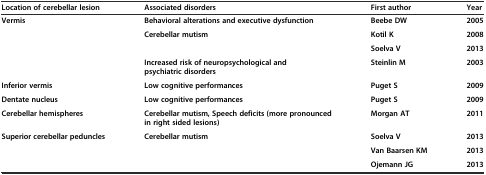
<table><thead><tr><td><b>Location of cerebellar lesion</b></td><td><b>Associated disorders</b></td><td><b>First author</b></td><td><b>Year</b></td></tr></thead><tbody><tr><td><b>Vermis</b></td><td><b>Behavioral alterations and executive dysfunction</b></td><td><b>Beebe DW</b></td><td><b>2005</b></td></tr><tr><td rowspan="2"></td><td rowspan="2"><b>Cerebellar mutism</b></td><td><b>Kotil K</b></td><td><b>2008</b></td></tr><tr><td><b>Soelva V</b></td><td><b>2013</b></td></tr><tr><td></td><td><b>Increased risk of neuropsychological and psychiatric disorders</b></td><td><b>Steinlin M</b></td><td><b>2003</b></td></tr><tr><td><b>Inferior vermis</b></td><td><b>Low cognitive performances</b></td><td><b>Puget S</b></td><td><b>2009</b></td></tr><tr><td><b>Dentate nucleus</b></td><td><b>Low cognitive performances</b></td><td><b>Puget S</b></td><td><b>2009</b></td></tr><tr><td><b>Cerebellar hemispheres</b></td><td><b>Cerebellar mutism, Speech deficits (more pronounced in right sided lesions)</b></td><td><b>Morgan AT</b></td><td><b>2011</b></td></tr><tr><td><b>Superior cerebellar peduncles</b></td><td><b>Cerebellar mutism</b></td><td><b>Soelva V</b></td><td><b>2013</b></td></tr><tr><td></td><td></td><td><b>Van Baarsen KM</b></td><td><b>2013</b></td></tr><tr><td></td><td></td><td><b>Ojemann JG</b></td><td><b>2013</b></td></tr></tbody></table>